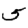
Digit: 5